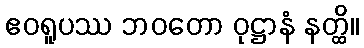
ဧဝရူပဿ ဘဝတော ဝုဋ္ဌာနံ နတ္ထိ။